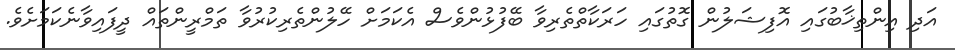
އަދި އިންތިޚާބުގައި އޮފިޝަލުން ގޮތުގައި ހަރަކާތްތެރިވާ ބޭފުުޅުންވެސް އެކަމަށް ހޭލުންތެރިކުރުވާ ތަމްރީންތައް ދީފައިވާނެކަމަށެވެ.